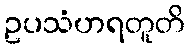
ဥပသံဟရတူတိ